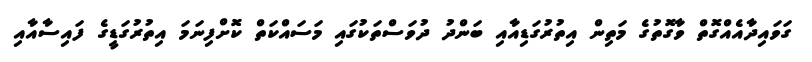
ގަވައިދާއެއްގޮތް ވާގޮތުގެ މަތިން އިތުރުގަޑިއާއި ބަންދު ދުވަސްތަކުގައި މަސައްކަތް ކޮށްފިނަމަ އިތުރުގަޑީގެ ފައިސާއާއި